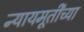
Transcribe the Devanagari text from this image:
न्यायमूर्तींच्या